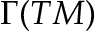
\Gamma ( T M )